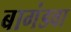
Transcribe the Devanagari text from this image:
बागंडवा